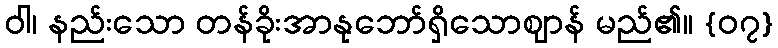
ဝါ၊ နည်းသော တန်ခိုးအာနုဘော်ရှိသောဈာန် မည်၏။ {၀၇}